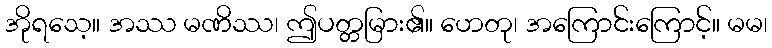
အိုရသေ့။ အဿ မဏိဿ၊ ဤပတ္တမြား၏။ ဟေတု၊ အကြောင်းကြောင့်။ မမ၊